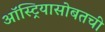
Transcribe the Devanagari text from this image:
ऑस्ट्रियासोबतची